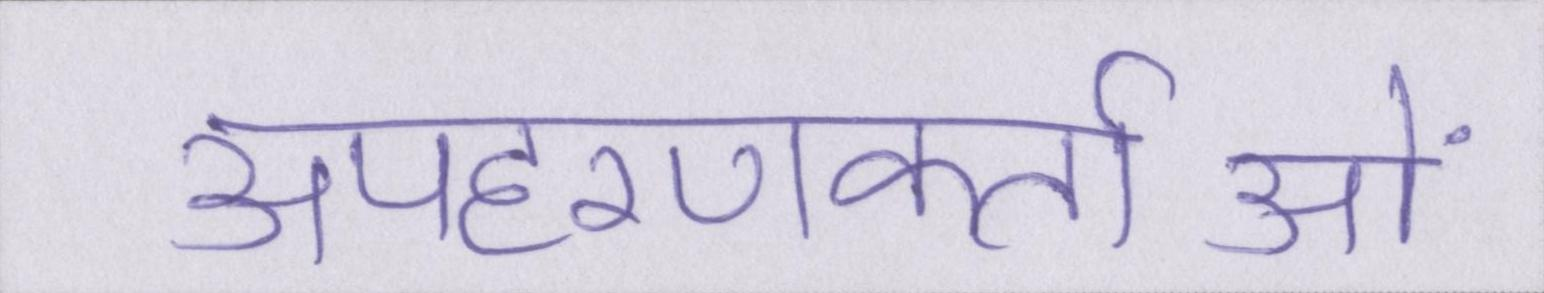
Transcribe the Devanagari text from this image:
अपहरणकर्ताओं